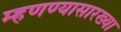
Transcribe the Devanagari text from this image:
म्हणण्यासारख्या